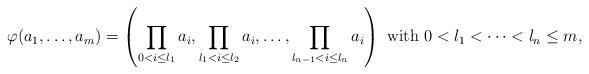
LaTeX: \begin{align*}\varphi(a_1,\ldots,a_m)=\left(\prod_{0<i\le l_1}a_{i},\prod_{l_1<i\le l_2}a_i,\ldots,\prod_{l_{n-1}<i\le l_n} a_{i}\right)\textup{ with $0<l_1<\cdots<l_n\le m$,} \end{align*}